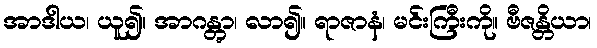
အာဒါယ၊ ယူ၍။ အာဂန္တွာ၊ လာ၍။ ရာဇာနံ၊ မင်းကြီးကို။ ဗီဇန္တိယာ၊